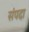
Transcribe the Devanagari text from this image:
संंपदा